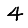
Digit: 4